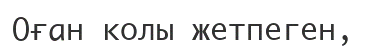
Оған колы жетпеген,